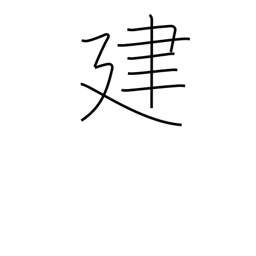
Meaning: build